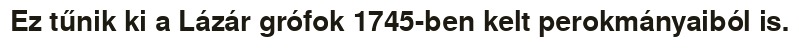
Ez tűnik ki a Lázár grófok 1745-ben kelt perokmányaiból is.